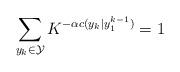
LaTeX: \begin{align*}&\sum_{y_k \in \mathcal{Y}} K^{ - \alpha c(y_k | y_1^{k-1})} = 1 \end{align*}